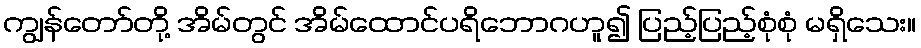
ကျွန်တော်တို့ အိမ်တွင် အိမ်ထောင်ပရိဘောဂဟူ၍ ပြည့်ပြည့်စုံစုံ မရှိသေး။